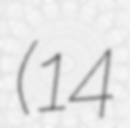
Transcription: (14